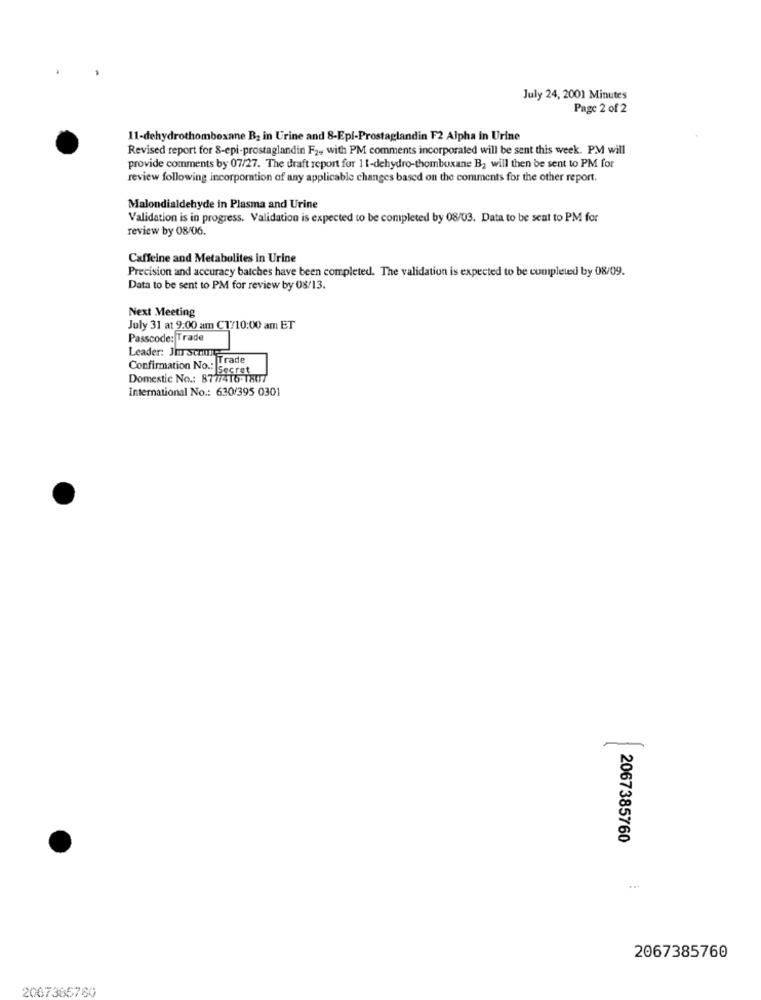
July 24, 2001 Minutes
Page 2 of 2
11-dehydrothomboxane B2 in Urine and 8-Epi-Prostaglandin F2 Alpha in Urine
Revised report for S-epi-prostaglandin F2, with PM comments incorporated will be sent this week. PM will
provide comments by 07/27. The draft report for 11-dehydro-thomboxane B2 will then be sent to PM for
review following incorporation of any applicable changes based on the comments for the other report.
Malondialdehyde in Plasma and Urine
Validation is in progress. Validation is expected to be completed by 08/03. Data to be sent to PM for
review by 08/06.
Caffeine and Metabolites in Urine
Precision and accuracy batches have been completed. The validation is expected to be completed by 08/09.
Data to be sent to PM for review by 08/13.
Next Meeting
July 31 at 9:00 am C1/10:00 am ET
Passcode: Trade
Leader: Jm scourge
Confirmation No .: Trade
Domestic No .: 8777416-1807
International No .: 630/395 0301
2067385760
...
2067385760
2067365760